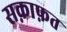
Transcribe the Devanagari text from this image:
सक़ाफ़त